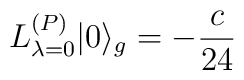
L_{\lambda =0}^{(P)}|0\rangle _{g}=-\frac{c}{24}